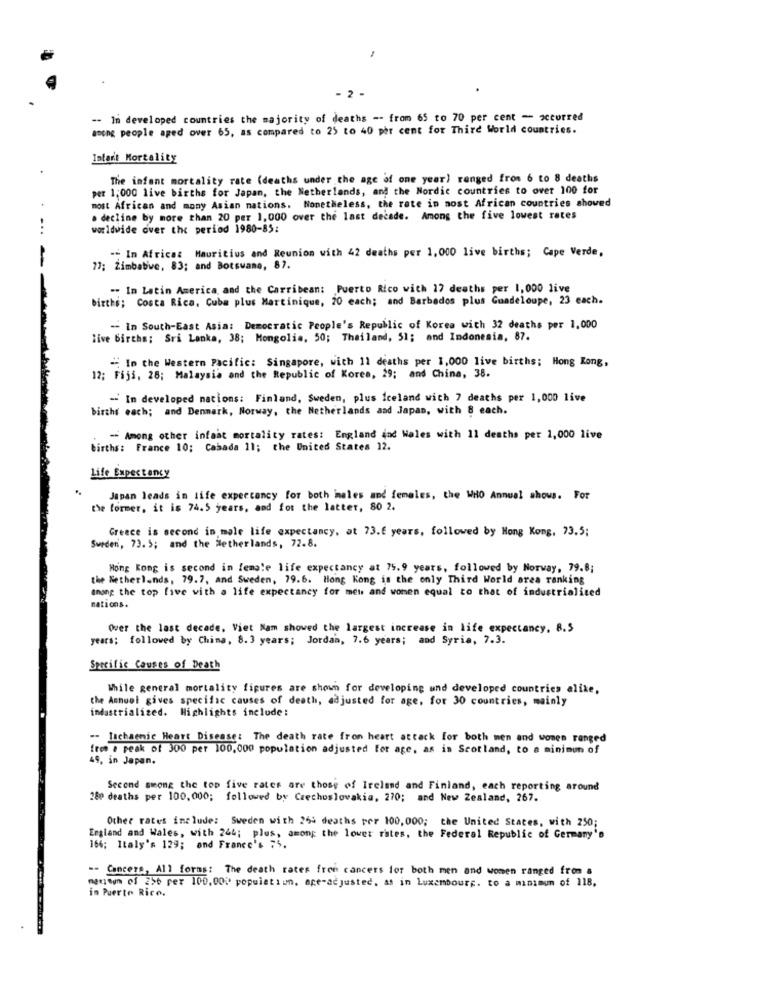
- 2 -
-- In developed countries the majority of deaths -- from 65 to 70 per cent - occurred
among people aged over 65, as compared to 25 to 40 per cent for Third World countries.
Istart Mortality
The infant mortality rate (deaths under the age of one year) ranged from 6 to 8 deaths
per 1,000 live births for Japan, the Netherlands, and the Nordic countries to over 100 for
most African and many Asian nations. Nonetheless, the rate in nost African countries shoved
. decline by more than 20 per 1,000 over the last decade. Among the five lowest rates
-.
worldwide over the period 1980-85:
-- In Africa: Mauritius and Reunion with 42 deaths per 1,000 live births; Cape Verde,
27; Zimbabwe, 83; and Botswana, 87.
-. In Latin America, and the Carribean: Puerto Rico with 17 deaths per 1,000 live
births; Costa Rica, Cuba plus Martinique, 20 each; and Barbados plus Guadeloupe, 23 each.
-- In South-East Asia: Democratic People's Republic of Korea with 32 deaths per 1,000
live births; Sri Lanka, 38; Mongolia, 50; Thailand, 51; and Indonesia, 87.
-- In the Western Pacific: Singapore, with 11 deaths per 1,000 live births; Hong Kong,
12; Fija, 28; Malaysia and the Republic of Korea, 29; and China, 38.
- In developed nations: Finland, Sweden, plus iceland with 7 deaths per 1,000 live
births each; and Denmark, Norway, the Netherlands and Japan, with 8 each.
- Among other infant mortality rates: England ind Wales with 11 deaths per 1,000 live
births: France 10; Cabada 11; the United States 12.
Life Expectancy
Japan leads in life expectancy for both inales and females, the WHO Annual shows. For
the former, it is 74.5 years, and for the latter, 80 2.
Greece is second in male life expectancy, at 73.6 years, followed by Hong Kong, 73.5;
Sweden, 73. 5; and the Netherlands, 72.8.
Hong Kong is second in female life expectancy at 75.9 years, followed by Norway, 79.8;
the Netherlands, 79.7, and Sweden, 79.6. Hong Kong is the only Third World area ranking
among the top live with a life expectancy for men and women equal to that of industrialiced
nations.
Over the last decade, Viet Nam showed the largest increase in life expectancy. 8.5
years; followed by China, 8.3 years; Jordan, 7.6 years; and Syria, 7.3.
Specific Causes of Death
While general mortality figures are shown for developing and developed countries alike,
the Annuel gives specific causes of death, adjusted for age, for 30 countries, mainly
industrialized. Highlights include:
.- lachaemic Heart Disease: The death rate fron heart attack for both men and women ranged
free a peak of 300 per 100.000 population adjusted for age, as in Scotland, to a minimum of
49, in Japan.
Second among the top five rates are those of Ireland and Finland, each reporting around
280 deaths per 100,000; followed by Czechoslovakia, 270; and New Zealand, 267.
Other rates include: Sweden with 265 deaths per 100,000; the United States, with 250;
England and Wales, with 244; plus, among the lower rates, the Federal Republic of Germany's
164; Italy's 129; and France's 75,
-- Cancers, All forms: The death rates free cancers for both men and women ranged from a
meciegn of 256 per 100,00? population. ace-adjusted. as in Luxembourg. to a minimum of 118,
in Puerto Rico.